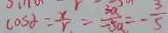
\cos \alpha = \frac { x } { r } = \frac { 3 a } { - 5 a } = - \frac { 3 } { 5 }